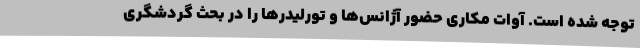
توجه شده است. آوات مکاری حضور آژانس‌ها و تورلیدرها را در بحث گردشگری